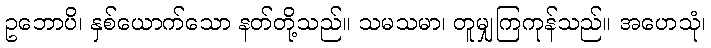
ဥဘောပိ၊ နှစ်ယောက်သော နတ်တို့သည်။ သမသမာ၊ တူမျှကြကုန်သည်။ အဟေသုံ၊